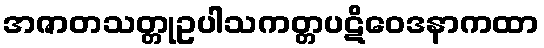
အဇာတသတ္တုဥပါသကတ္တပဋိဝေဒနာကထာ